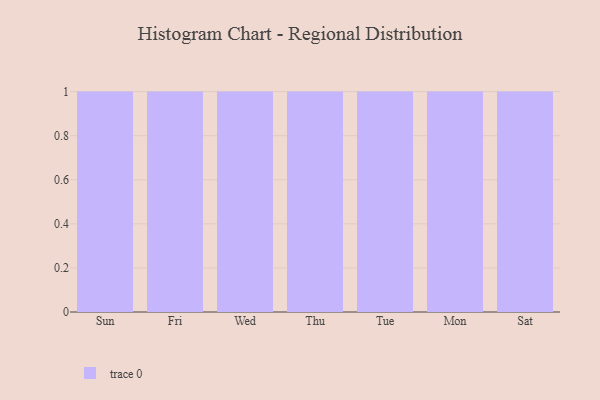
{"axis": {"x": "Day", "y": "Bounce Rate (%)"}, "legend": [""], "data": [{"x": "Sun", "y": 88, "type": ""}, {"x": "Fri", "y": 14, "type": ""}, {"x": "Wed", "y": 65, "type": ""}, {"x": "Thu", "y": 64, "type": ""}, {"x": "Tue", "y": 94, "type": ""}, {"x": "Mon", "y": 43, "type": ""}, {"x": "Sat", "y": 32, "type": ""}]}